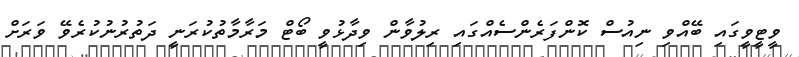
ވީޓީވީގައި ބޭއްވި ނިއުސް ކޮންފަރެންސެއްގައި ރިލުވާން ވިދާޅުވީ ބޯޓް މަރާމާތުކުރަނީ ދަތުރުނުކުރެވޭ ވަރަށް